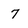
Character: 7